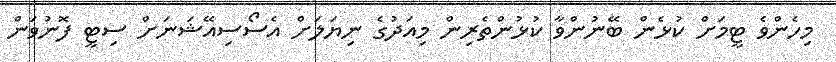
މިހެންވެ ޓީމަށް ކުޅެން ބޭނުންވާ ކުޅުންތެރިން މިއަދުގެ ނިޔަލަށް އެސޯސިއޭޝަނަށް ސިޓީ ފޮނުވަން